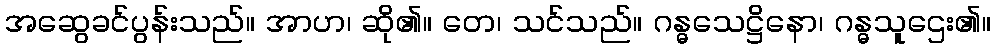
အဆွေခင်ပွန်းသည်။ အာဟ၊ ဆို၏။ တေ၊ သင်သည်။ ဂန္ဓသေဋ္ဌိနော၊ ဂန္ဓသူဌေး၏။